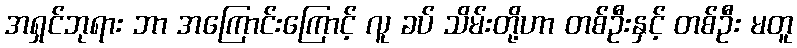
အရှင်ဘုရား ဘာ အကြောင်းကြောင့် လူ ခပ် သိမ်းတို့ဟာ တစ်ဦးနှင့် တစ်ဦး မတူ